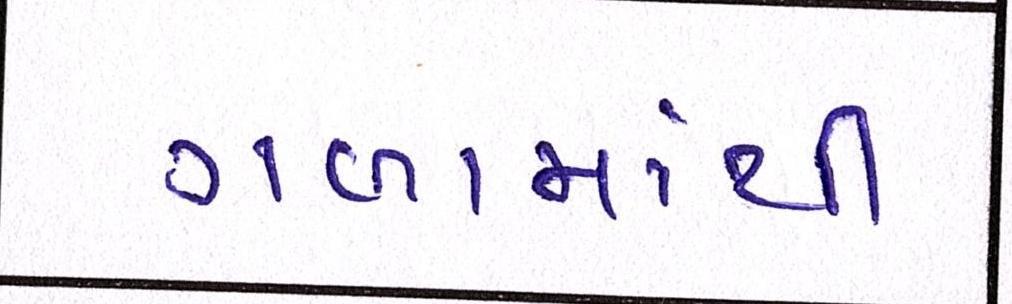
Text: ગળામાંથી